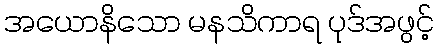
အယောနိသော မနသိကာရ ပုဒ်အဖွင့်